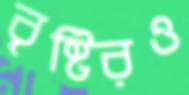
বৃষ্টিরও